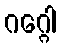
ဂဂ္ဂေါ